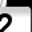
Digit: 2